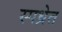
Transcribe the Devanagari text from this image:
स्पध्रेत